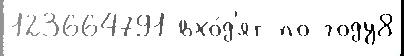
123664791 вхо́д'ят по году8